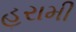
હરામી